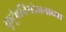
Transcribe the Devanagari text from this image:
कुटूंबनियोजनाच्या